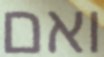
ואם